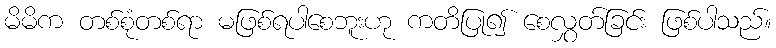
မိမိက တစ်စုံတစ်ရာ မဖြစ်ရပါစေဘူးဟု ကတိပြု၍ စေလွှတ်ခြင်း ဖြစ်ပါသည်။